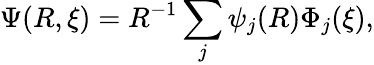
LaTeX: \Psi(R,\xi)=R^{-1}\sum_{j}\psi_{j}(R)\Phi_{j}(\xi),